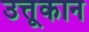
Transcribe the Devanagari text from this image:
उत्तूकान